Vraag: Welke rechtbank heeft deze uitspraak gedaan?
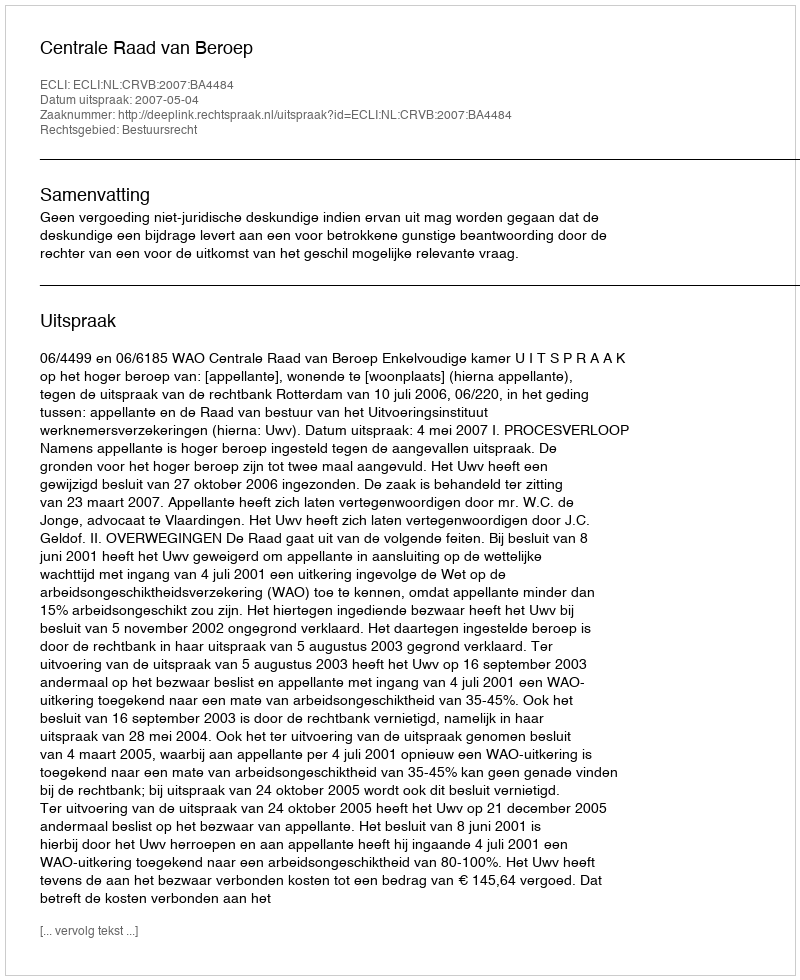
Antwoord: Centrale Raad van Beroep